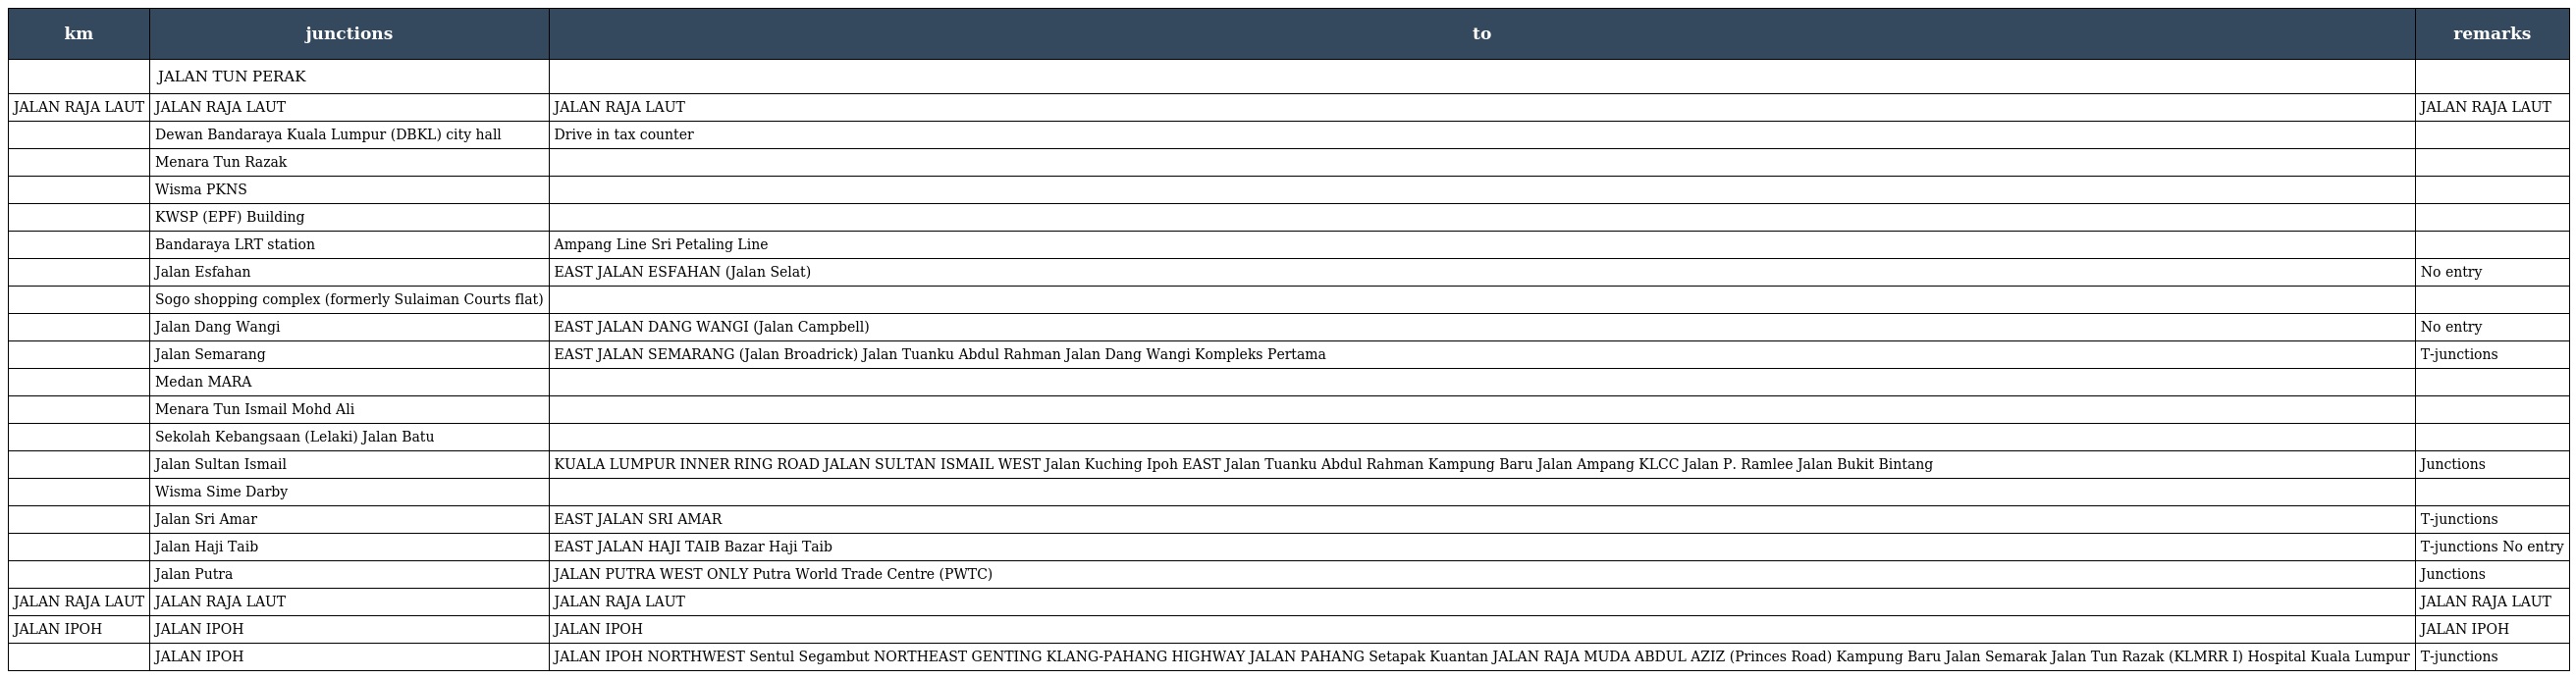
| km | junctions | to | remarks |
 | --- | --- | --- | --- |
 |  | JALAN TUN PERAK |  |  |
 | JALAN RAJA LAUT | JALAN RAJA LAUT | JALAN RAJA LAUT | JALAN RAJA LAUT |
 |  | Dewan Bandaraya Kuala Lumpur (DBKL) city hall | Drive in tax counter |  |
 |  | Menara Tun Razak |  |  |
 |  | Wisma PKNS |  |  |
 |  | KWSP (EPF) Building |  |  |
 |  | Bandaraya LRT station | Ampang Line Sri Petaling Line |  |
 |  | Jalan Esfahan | EAST JALAN ESFAHAN (Jalan Selat) | No entry |
 |  | Sogo shopping complex (formerly Sulaiman Courts flat) |  |  |
 |  | Jalan Dang Wangi | EAST JALAN DANG WANGI (Jalan Campbell) | No entry |
 |  | Jalan Semarang | EAST JALAN SEMARANG (Jalan Broadrick) Jalan Tuanku Abdul Rahman Jalan Dang Wangi Kompleks Pertama | T-junctions |
 |  | Medan MARA |  |  |
 |  | Menara Tun Ismail Mohd Ali |  |  |
 |  | Sekolah Kebangsaan (Lelaki) Jalan Batu |  |  |
 |  | Jalan Sultan Ismail | KUALA LUMPUR INNER RING ROAD JALAN SULTAN ISMAIL WEST Jalan Kuching Ipoh EAST Jalan Tuanku Abdul Rahman Kampung Baru Jalan Ampang KLCC Jalan P. Ramlee Jalan Bukit Bintang | Junctions |
 |  | Wisma Sime Darby |  |  |
 |  | Jalan Sri Amar | EAST JALAN SRI AMAR | T-junctions |
 |  | Jalan Haji Taib | EAST JALAN HAJI TAIB Bazar Haji Taib | T-junctions No entry |
 |  | Jalan Putra | JALAN PUTRA WEST ONLY Putra World Trade Centre (PWTC) | Junctions |
 | JALAN RAJA LAUT | JALAN RAJA LAUT | JALAN RAJA LAUT | JALAN RAJA LAUT |
 | JALAN IPOH | JALAN IPOH | JALAN IPOH | JALAN IPOH |
 |  | JALAN IPOH | JALAN IPOH NORTHWEST Sentul Segambut NORTHEAST GENTING KLANG-PAHANG HIGHWAY JALAN PAHANG Setapak Kuantan JALAN RAJA MUDA ABDUL AZIZ (Princes Road) Kampung Baru Jalan Semarak Jalan Tun Razak (KLMRR I) Hospital Kuala Lumpur | T-junctions |